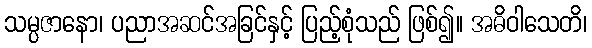
သမ္ပဇာနော၊ ပညာအဆင်အခြင်နှင့် ပြည့်စုံသည် ဖြစ်၍။ အဓိဝါသေတိ၊